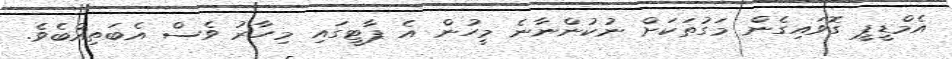
އެމްޑީޕީ ގޮވައިގެން މަގުތަކަށް ނުކުންނާނެ މީހުން އެ ޕާޓީގައި މިހާރު ވެސް އެބަތިއްބެވެ.